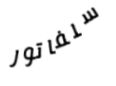
سلفاتور